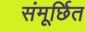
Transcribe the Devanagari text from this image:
संमूर्छित